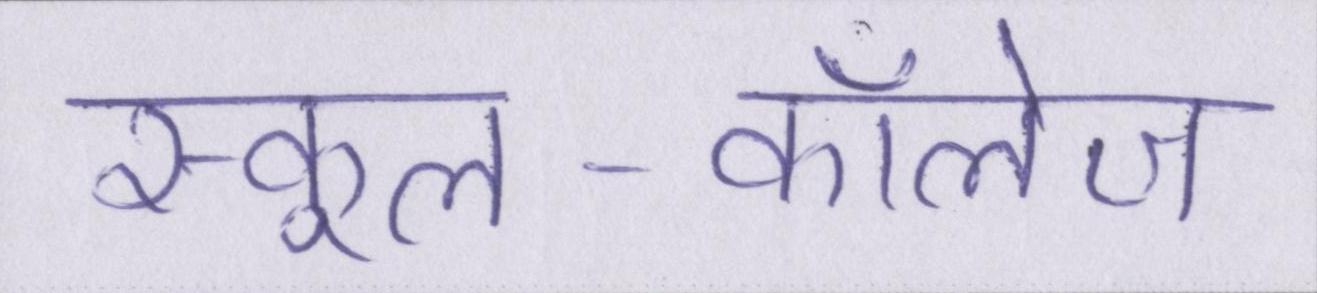
स्कूल-कॉलेज